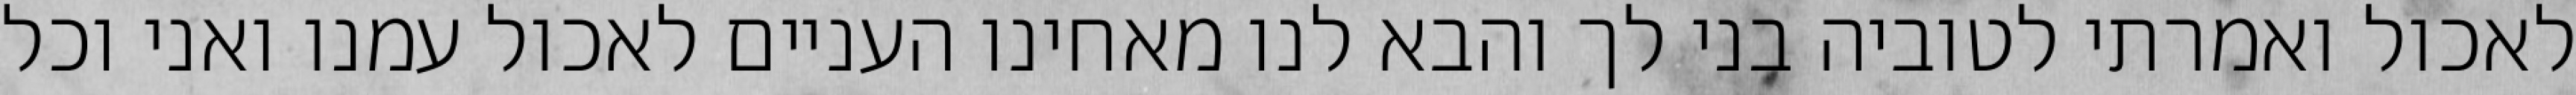
לאכול ואמרתי לטוביה בני לך והבא לנו מאחינו העניים לאכול עמנו ואני וכל